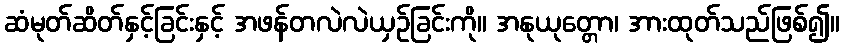
ဆံမုတ်ဆိတ်နှင့်ခြင်းနှင့် အဖန်တလဲလဲယှဉ်ခြင်းကို။ အနုယုတ္တော၊ အားထုတ်သည်ဖြစ်၍။